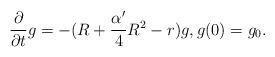
LaTeX: \begin{align*}\frac{\partial}{\partial t}g=-(R+\frac{\alpha'}{4}R^2-r)g,g(0)=g_0.\end{align*}